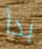
بدأ